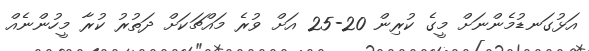
އަޅުގަނޑުމެންނަށް މީގެ ކުރިން 20-25 އަށް ވުރެ މައްޗަކަށް ދަތުރު ކުރާ މީހުންނެއް